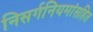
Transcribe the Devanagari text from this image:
निसर्गनियमांसहित